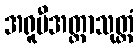
အရူပီအတ္တာသုတ္တံ